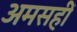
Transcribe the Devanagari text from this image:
अमसहीं